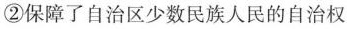
②保障了自治区少数民族人民的自治权